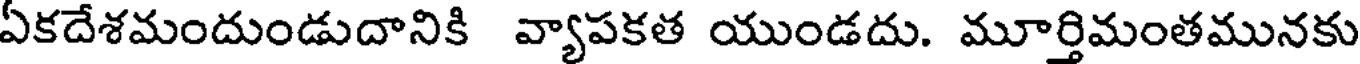
ఏకదేశమందుండుదానికి వ్యాపకత యుండదు. మూర్తిమంతమునకు